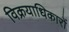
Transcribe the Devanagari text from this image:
विक्रयाधिकारों